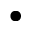
\bullet